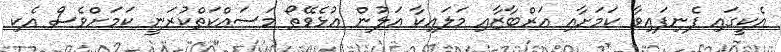
އެކީގައި ފެނިފައިވާ ކަމަށާއި އަރްބާޒާއި މަލައިކާ އަލުން އުޅެވޭތޯ މަސައްކަތްކުރަނީ ކަމަށްވެސް އެކި